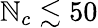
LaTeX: \mathbb{N}_{c}\lesssim50